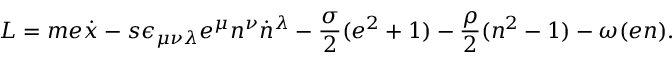
L = m e \dot { x } - s \epsilon _ { \mu \nu \lambda } e ^ { \mu } n ^ { \nu } \dot { n } { } ^ { \lambda } - \frac { \sigma } { 2 } ( e ^ { 2 } + 1 ) - \frac { \rho } { 2 } ( n ^ { 2 } - 1 ) - \omega ( e n ) .